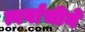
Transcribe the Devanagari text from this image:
त्वर्वाचीने